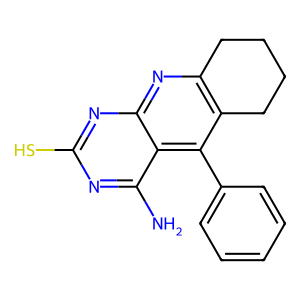
SMILES: Nc1nc(S)nc2nc3c(c(-c4ccccc4)c12)CCCC3
Inhibits HIV replication: No